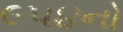
૯૫૪નો